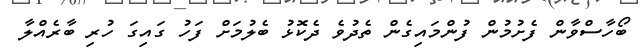
ބޯހާސްވާން ފެށުމުން ފުންމައިގެން ތެދުވެ ދެކޮޅު ބެލުމަށް ފަހު ގައިގަ ހުރި ބާރެއްލާ